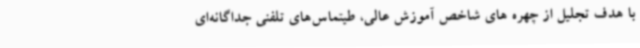
با هدف تجلیل از چهره های شاخص آموزش عالی، طیتماس‌های تلفنی جداگانه‌ای